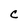
Character: C